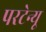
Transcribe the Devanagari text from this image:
परटेन्यू